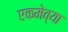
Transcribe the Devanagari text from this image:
एकमेव्या